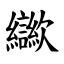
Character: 㱍